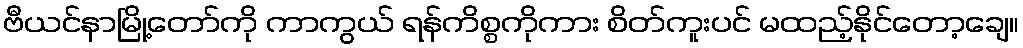
ဗီယင်နာမြို့တော်ကို ကာကွယ် ရန်ကိစ္စကိုကား စိတ်ကူးပင် မထည့်နိုင်တော့ချေ။